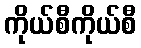
ကိုယ်စီကိုယ်စီ